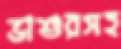
ভাশুরসহ